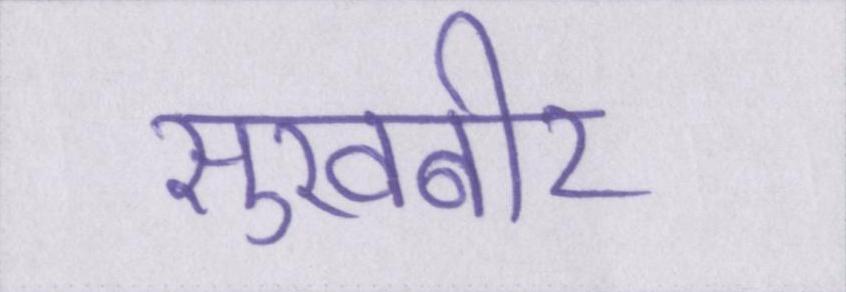
सुखबीर